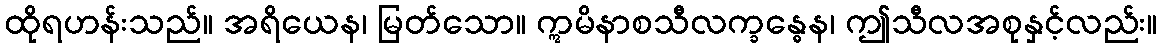
ထိုရဟန်းသည်။ အရိယေန၊ မြတ်သော။ ဣမိနာစသီလက္ခန္ဓေန၊ ဤသီလအစုနှင့်လည်း။